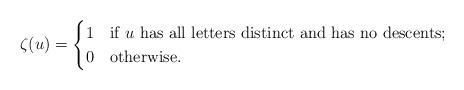
LaTeX: \begin{align*}\zeta(u)=\begin{cases}1 & \mbox{if }u\mbox{ has all letters distinct and has no descents};\\0 & \mbox{otherwise.}\end{cases}\end{align*}